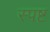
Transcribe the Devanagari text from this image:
स्‍पष्ट